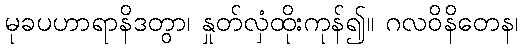
မုခပဟာရာနိဒတွာ၊ နှုတ်လှံထိုးကုန်၍။ ဂလဝိနိတေန၊